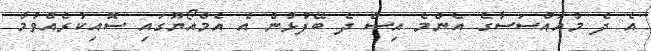
އެ ދެ މުއައްސަސާގެ އެންމެ އިސް ދެ ބޭފުޅުން އެ އެމްއޯޔޫގައި ސޮއިކުރެއްވުމާ